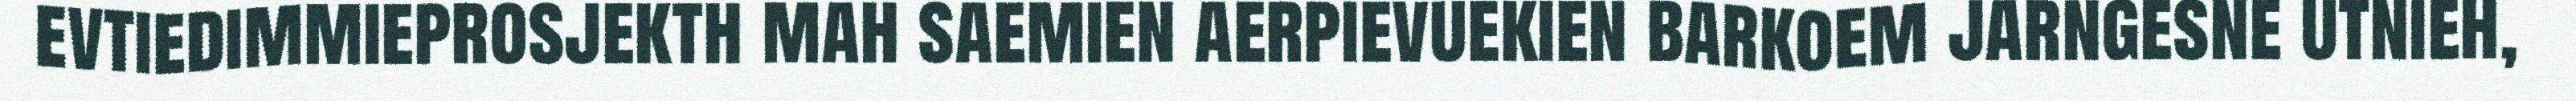
evtiedimmieprosjekth mah saemien aerpievuekien barkoem jarngesne utnieh,